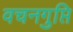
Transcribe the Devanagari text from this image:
वचनगुप्ति